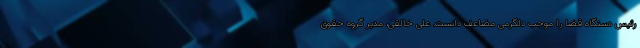
رئیس دستگاه قضا را موجب دلگرمی مضاعف دانست. علی خالقی، مدیر گروه حقوق